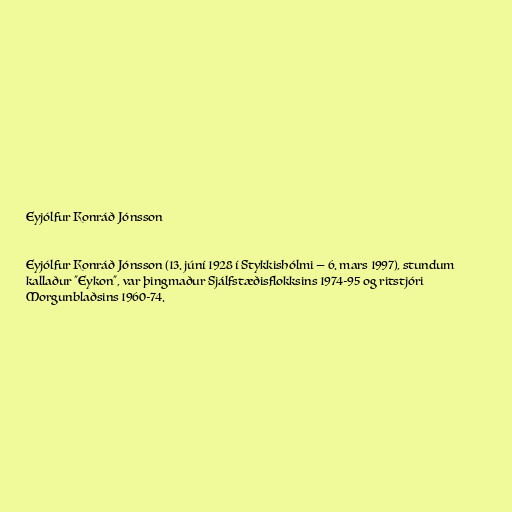
Eyjólfur Konráð Jónsson

Eyjólfur Konráð Jónsson (13. júní 1928 í Stykkishólmi — 6. mars 1997), stundum
kallaður "Eykon", var þingmaður Sjálfstæðisflokksins 1974-95 og ritstjóri
Morgunblaðsins 1960-74.